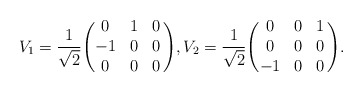
\begin{align*} V_1 = \frac{1}{\sqrt{2}} \Biggl( \begin{matrix} 0 & 1 & 0 \\ -1 & 0 & 0 \\ 0 & 0 & 0 \end{matrix} \, \Biggr) , V_2 = \frac{1}{\sqrt{2}}\Biggl( \begin{matrix} 0 & 0 & 1 \\ 0 & 0 & 0 \\ -1 & 0 & 0 \end{matrix} \, \Biggr) .\end{align*}